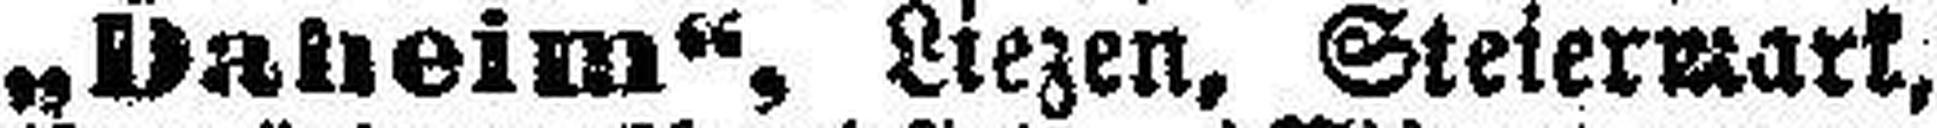
„Daheim“, Liezen, Steiermark,